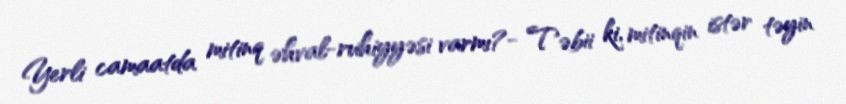
Yerli camaatda mitinq əhval-ruhiyyəsi varmı?- Təbii ki, mitinqin istər təyin